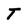
Character: T